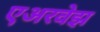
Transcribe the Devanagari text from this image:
एअरवेझ